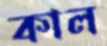
কাল